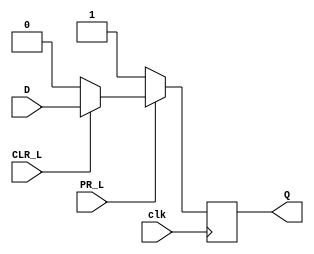
module Dffpc(clk, PR_L, CLR_L, D, Q);
    input D, clk, PR_L, CLR_L;
    output Q;
    reg Q;

    always @(posedge clk)
        if(PR_L == 0)   Q = 1;
        else if (CLR_L == 0)    Q <= 0;
        else Q <= D;

endmodule // Dffpc

module tb_Dffpc;
    reg D, clk, CLR_L, PR_L;
    wire Q;
    Dffpc inst(clk, PR_L, CLR_L, clk, Q);

    initial begin
        clk = 1'b0;
        repeat(30)  #10 clk = ~clk;
    end

    initial begin
        D = 1'b0; CLR_L = 1'b1; PR_L = 1'b1;
        #15 D = 1'b1;
        #20 D = 1'b0;
        #20 D = 1'b1;
        #20 CLR_L = 1'b0;
        #20 CLR_L = 1'b1; PR_L = 1'b0;
        #20 CLR_L = 1'b1;
        #10 CLR_L = 1'b0;
        #20 CLR_L = 1'b1;
        #100 $finish;
    end

endmodule // tb_Dffpc